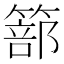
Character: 篰